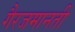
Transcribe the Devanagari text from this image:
गैरजमानती